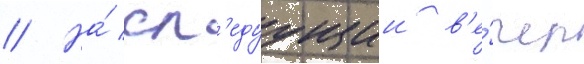
// На́ сл'едуущии в'е́чер